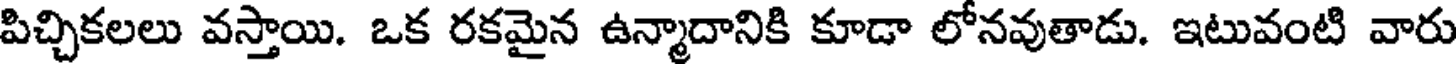
పిచ్చికలలు వస్తాయి. ఒక రకమైన ఉన్మాదానికి కూడా లోనవుతాడు. ఇటువంటి వారు